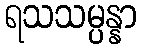
ရသသမ္ပန္နာ